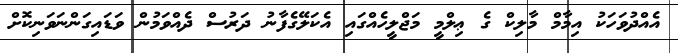
އެއްދުވަހަކު އިމާމް މާލިކް ގެ ޢިލްމީ މަޖްލީހެއްގައި އެކަލޭގެފާނު ދަރުސް ދެއްވަމުން ވަޑައިގަންނަވަނިކޮށް